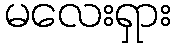
မလေးရှား